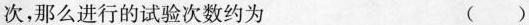
次，那么进行的试验次数约为 ( )